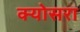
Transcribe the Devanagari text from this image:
क्योसरा